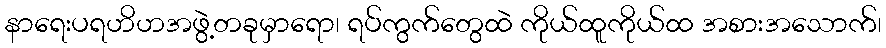
နာရေးပရဟိဟအဖွဲ့တခုမှာရော၊ ရပ်ကွက်တွေထဲ ကိုယ်ထူကိုယ်ထ အစားအသောက်၊